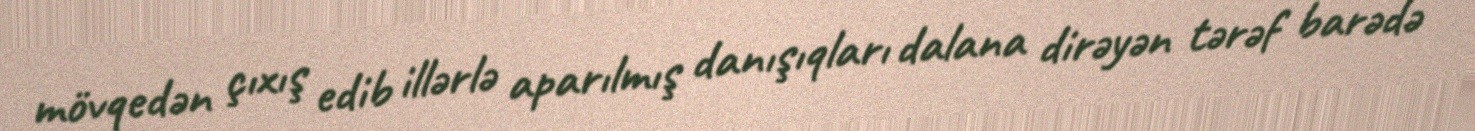
mövqedən çıxış edib illərlə aparılmış danışıqları dalana dirəyən tərəf barədə